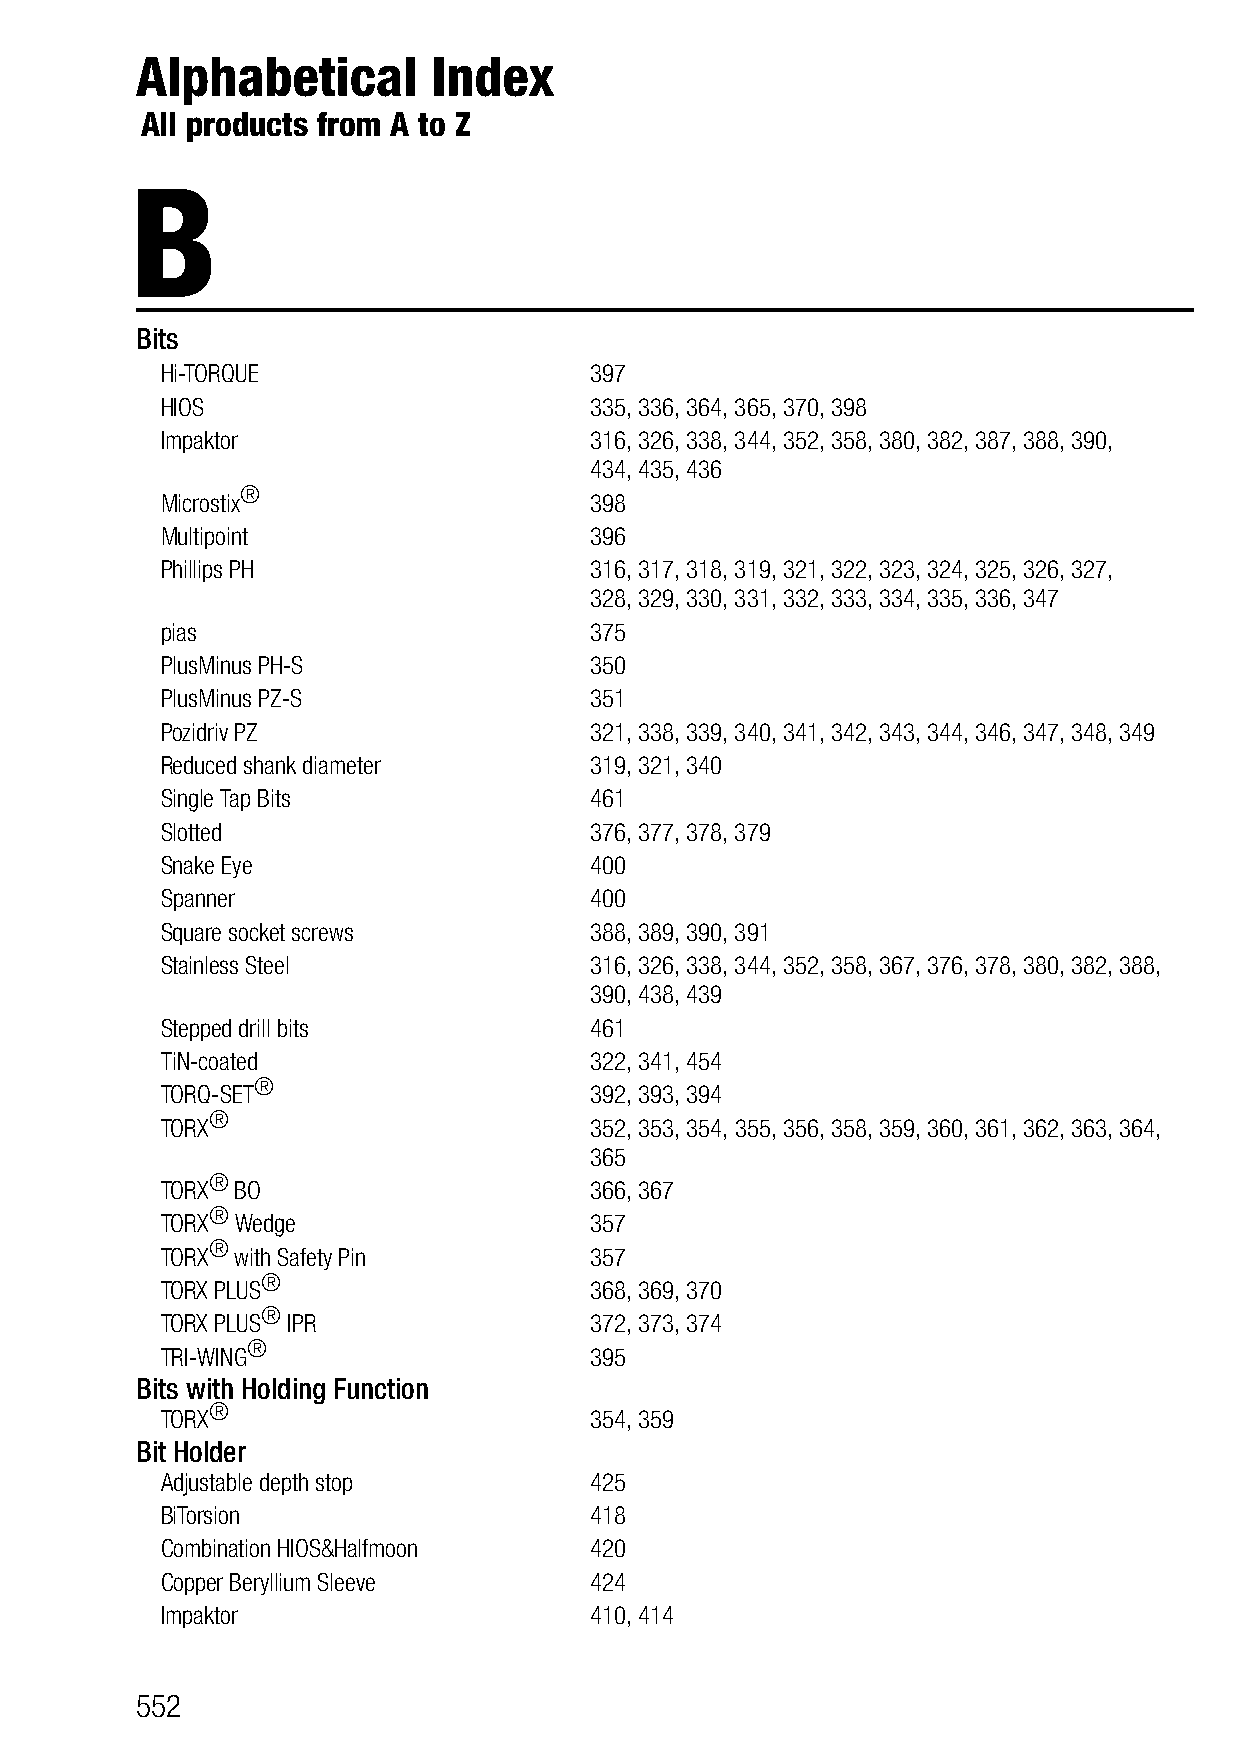
Alphabetical        Index
 All products from A to Z
 B
 Bits
 Hi-TORQUE                   397
 HIOS                        335, 336, 364, 365, 370, 398
 Impaktor                    316, 326, 338, 344, 352, 358, 380, 382, 387, 388, 390,
 434, 435, 436
 Microstix®
 398
 Multipoint                  396
 Phillips PH                 316, 317, 318, 319, 321, 322, 323, 324, 325, 326, 327,
 328, 329, 330, 331, 332, 333, 334, 335, 336, 347
 pias                        375
 PlusMinus PH-S              350
 PlusMinus PZ-S              351
 Pozidriv PZ                 321, 338, 339, 340, 341, 342, 343, 344, 346, 347, 348, 349
 Reduced shank diameter      319, 321, 340
 Single Tap Bits             461
 Slotted                     376, 377, 378, 379
 Snake Eye                   400
 Spanner                     400
 Square socket screws        388, 389, 390, 391
 Stainless Steel             316, 326, 338, 344, 352, 358, 367, 376, 378, 380, 382, 388,
 390, 438, 439
 Stepped drill bits          461
 TiN-coated                  322, 341, 454
 TORQ-SET®
 392, 393, 394
 TORX®
 352, 353, 354, 355, 356, 358, 359, 360, 361, 362, 363, 364,
 365
 TORX®
 BO                     366, 367
 TORX®
 Wedge                  357
 TORX®
 with Safety Pin        357
 TORX
 PLUS®
 368, 369, 370
 TORX
 PLUS®
 IPR                 372, 373, 374
 TRI-WING®
 395
 Bits with Holding Function
 ®
 TORX                        354, 359
 Bit Holder
 Adjustable depth stop       425
 BiTorsion                   418
 Combination HIOS&Halfmoon   420
 Copper Beryllium Sleeve     424
 Impaktor                    410, 414
 552